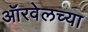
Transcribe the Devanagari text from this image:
ऑरवेलच्या